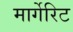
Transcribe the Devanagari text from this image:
मार्गेरिट